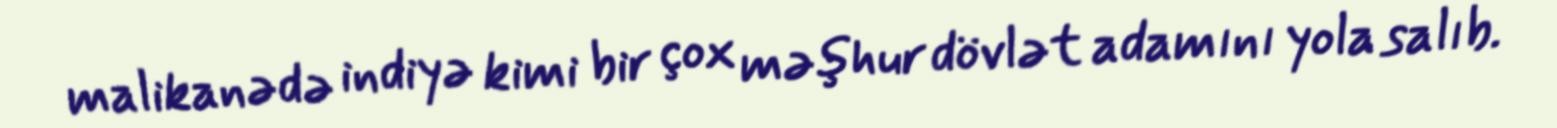
malikanədə indiyə kimi bir çox məşhur dövlət adamını yola salıb.